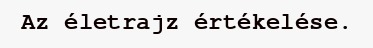
Az életrajz értékelése.